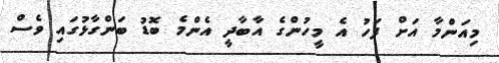
މިއަންމާ އަށް ފަހު އެ މީހުންގެ އާބާދީ އެންމެ ބޮޑު ބަންގާޅުގައި ވެސް